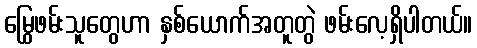
မြွေဖမ်းသူတွေဟာ နှစ်ယောက်အတူတွဲ ဖမ်းလေ့ရှိပါတယ်။